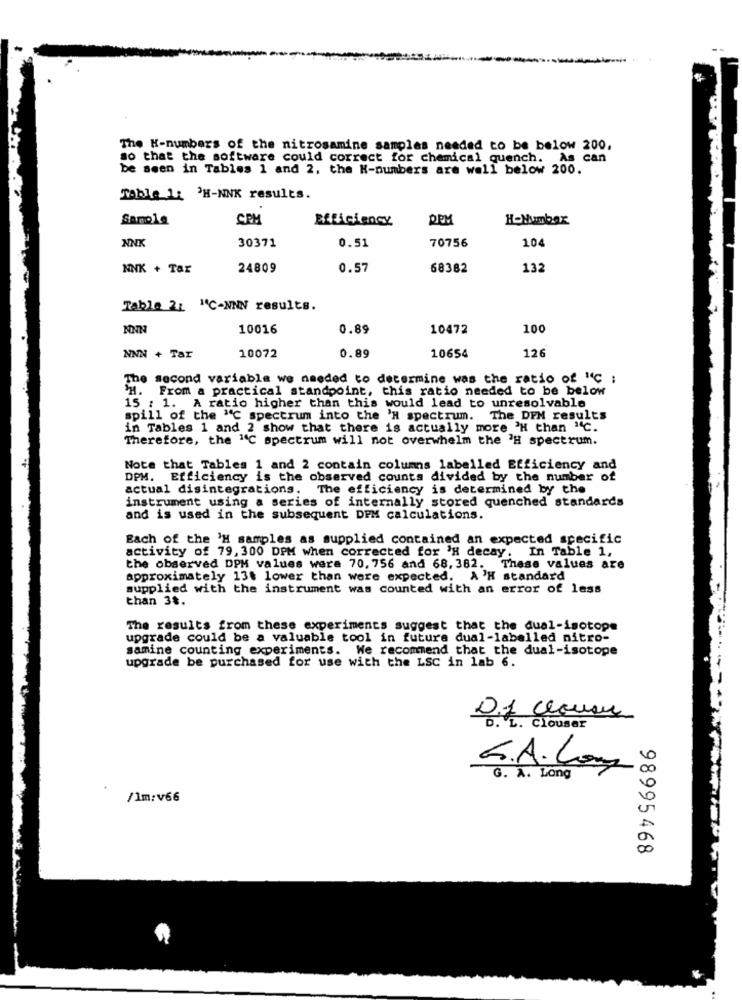
The H-numbers of the nitrosamine samples needed to be below 200,
so that the software could correct for chemical quench. As can
be seen in Tables 1 and 2, the K-numbers are well below 200.
Table 1: 'H-NNK results.
Samola
CPM
Efficiency
REM
H-Humbax
NNK
104
30371
0.51
70756
NNK + Tar
24809
0.57
68382
132
Table 21 "C-NNN results.
NNN
10016
0.89
10472
100
126
NNN + Tar
10072
0.89
10654
The second variable we needed to determine was the ratio of "4℃ ;
'H. From a practical standpoint, this ratio needed to be below
15 : 1. A ratio higher than this would lead to unresolvable
spill of the "C spectrum into the 'H spectrum.
The DPM results
in Tables 1 and 2 show that there is actually more 'H than "C.
Therefore, the "℃ spectrum will not overwhelm the 'H spectrum.
Note that Tables 1 and 2 contain columns labelled Efficiency and
DPM. Efficiency is the observed counts divided by the number of
actual disintegrations.
The efficiency is determined by the
instrument using a series of internally stored quenched standards
and is used in the subsequent DPM calculations.
Each of the 'H samples as supplied contained an expected specific
activity of 79, 300 DPM when corrected for 'H decay. In Table 1,
the observed DPH values were 70, 756 and 68, 382. These values are
approximately 13t lower than were expected. A'H standard
supplied with the instrument was counted with an error of less
than 38.
The results from these experiments suggest that the dual-isotope
upgrade could be a valuable tool in future dual-labelled nitro-
samine counting experiments. We recommend that the dual-isotope
upgrade be purchased for use with the LSC in lab 6.
clausu
D.L. CLOUSER
G.A.Com
G. A. Long
/1m:v66
98995468